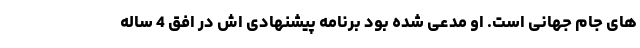
های جام جهانی است. او مدعی شده بود برنامه پیشنهادی اش در افق 4 ساله